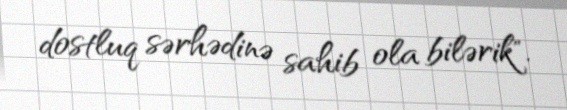
dostluq sərhədinə sahib ola bilərik".